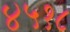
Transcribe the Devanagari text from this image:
४५१८